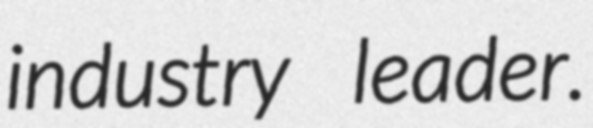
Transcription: industry leader.